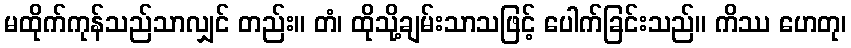
မထိုက်ကုန်သည်သာလျှင် တည်း။ တံ၊ ထိုသို့ချမ်းသာသဖြင့် ပေါက်ခြင်းသည်။ ကိဿ ဟေတု၊